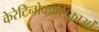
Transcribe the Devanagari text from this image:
केरेटिनोकोशिकाओं